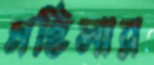
মহিলার